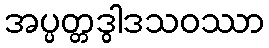
အပ္ပတ္တဒွါဒသဝဿာ